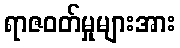
ရာဇဝတ်မှုများအား